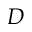
D